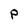
Character: p